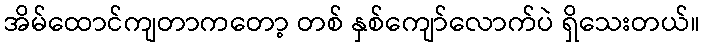
အိမ်ထောင်ကျတာကတော့ တစ် နှစ်ကျော်လောက်ပဲ ရှိသေးတယ်။